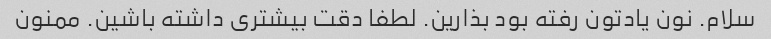
سلام. نون یادتون رفته بود بذارین. لطفا دقت بیشتری داشته باشین. ممنون